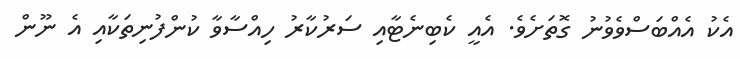
އެކު އެއްބަސްވެވުނު ގޮތަށެވެ. އެއީ ކެބިނެޓާއި ސަރުކާރު ހިއްސާވާ ކުންފުނިތަކާއި އެ ނޫން